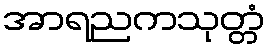
အာရညကသုတ္တံ